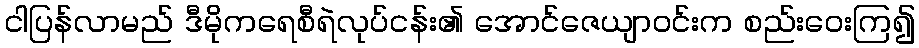
ငါပြန်လာမည် ဒီမိုကရေစီရဲလုပ်ငန်း၏ အောင်ဇေယျာဝင်းက စည်းဝေးကြ၍